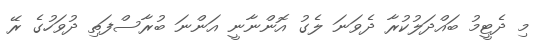
މި ދެޓީމު ބައްދަލުކުރާ ދެވަނަ ލެގު އޮންނާނީ އަންނަ ބުރާސްފަތި ދުވަހުގެ ރޭ